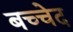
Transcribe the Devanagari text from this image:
बच्चेद